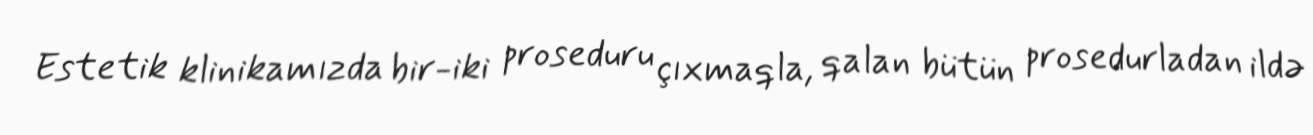
Estetik klinikamızda bir-iki proseduru çıxmaqla, qalan bütün prosedurladan ildə